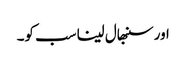
اور سنبھال لینا سب کو۔